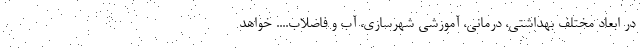
در ابعاد مختلف بهداشتی، درمانی، آموزشی شهرسازی، آب و فاضلاب.... خواهد